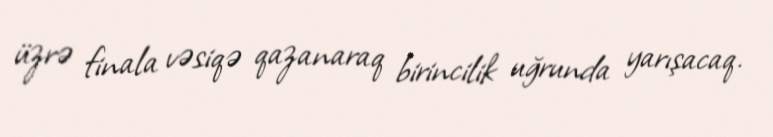
üzrə finala vəsiqə qazanaraq birincilik uğrunda yarışacaq.